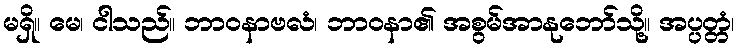
မရှိ။ မေ၊ ငါသည်။ ဘာဝနာဗလံ၊ ဘာဝနာ၏ အစွမ်အာနုဘော်သို့။ အပ္ပတ္တံ၊